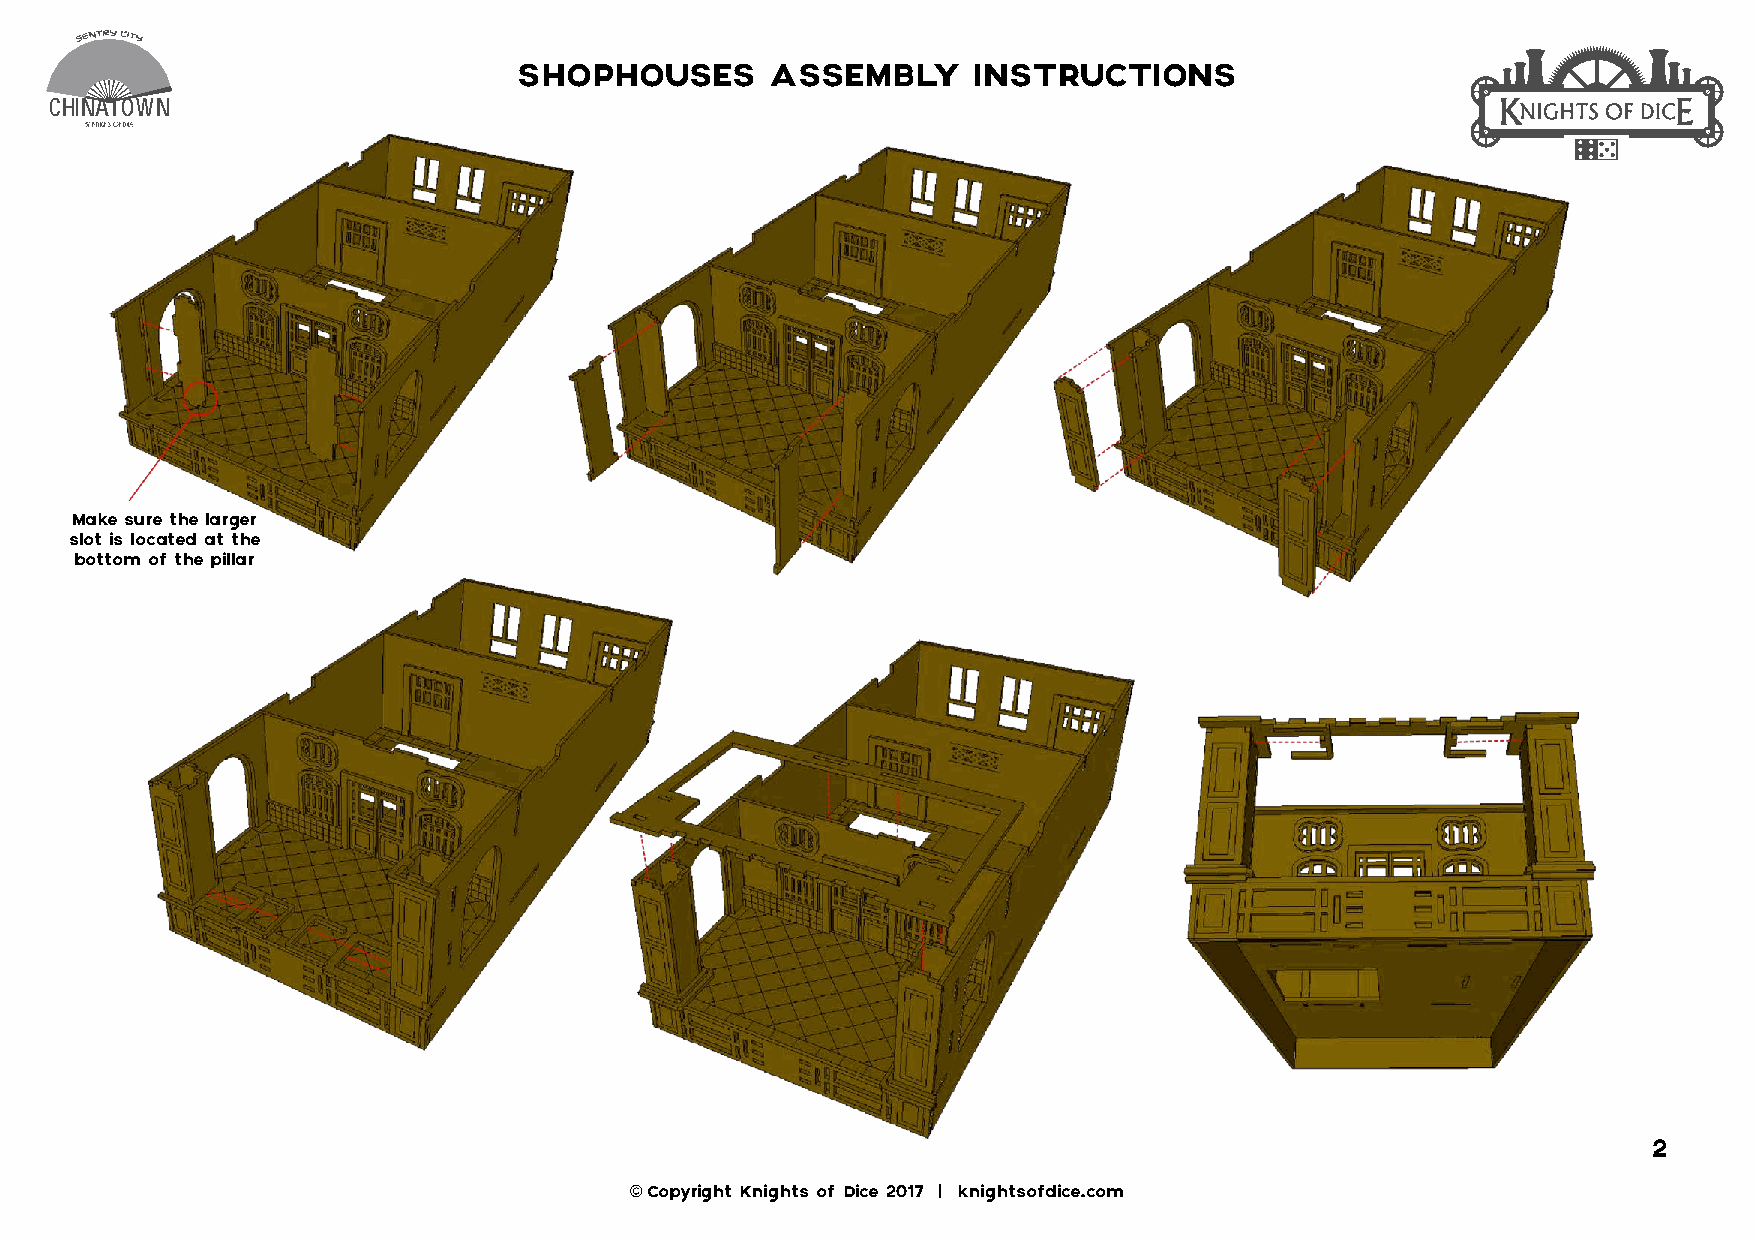
SHOPHOUSES       ASSEMBLY     INSTRUCTIONS
 CHINATOWN
 by knights of dice
 Make sure the larger
 slot is located at the
 bottom of the pillar
 2
 © Copyright Knights of Dice 2017 | knightsofdice.com